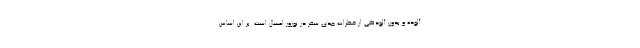
آلوده و بدون آلودگی از خطرات جدی سفر در نوروز امسال است. بر این اساس